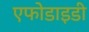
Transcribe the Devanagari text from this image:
एफोडाइडी